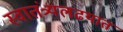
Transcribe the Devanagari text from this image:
स्वातंत्र्यलढयात